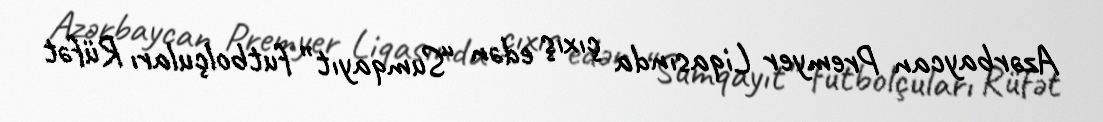
Azərbaycan Premyer Liqasında çıxış edən “Sumqayıt” futbolçuları Rüfət